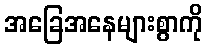
အခြေအနေများစွာကို